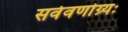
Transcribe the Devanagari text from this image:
सर्ववर्णाग्र्यः